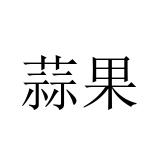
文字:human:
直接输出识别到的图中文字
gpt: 蒜果